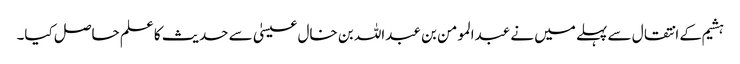
ہشیم کے انتقال سے پہلے میں نے عبدالمومن بن عبداللہ بن خال عیسیٰ سے حدیث کا علم حاصل کیا۔